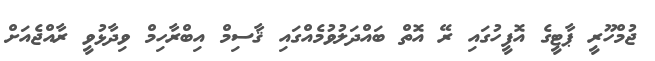
ޖުމްހޫރީ ޕާޓީގެ އޮފީހުގައި ރޭ އޮތް ބައްދަލުވުމެއްގައި ޤާސިމް އިބްރާހިމް ވިދާޅުވީ ރާއްޖެއަށް